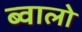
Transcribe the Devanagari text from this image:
ब्वालो